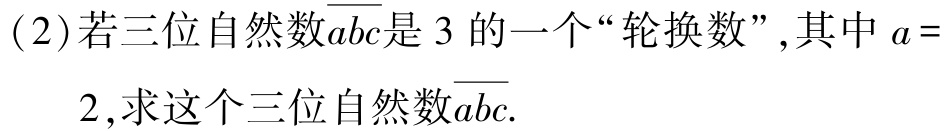
(2)若三位自然数\(\overline{abc}\)是 \(3\)的一个“轮换数”,其中 \(a = 2\),求这个三位自然数\(\overline{abc}\).